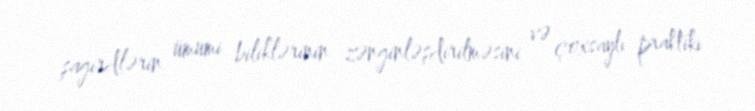
şagirdlərin ümumi biliklərinin zənginləşdirilməsini və çoxsaylı praktiki